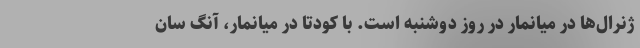
ژنرال‌ها در میانمار در روز دوشنبه است. با کودتا در میانمار، آنگ سان